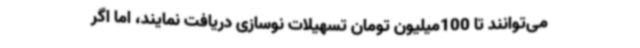
می‌توانند تا 100‌میلیون تومان تسهیلات نوسازی دریافت نمایند، اما اگر